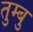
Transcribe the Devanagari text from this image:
तुम्बु